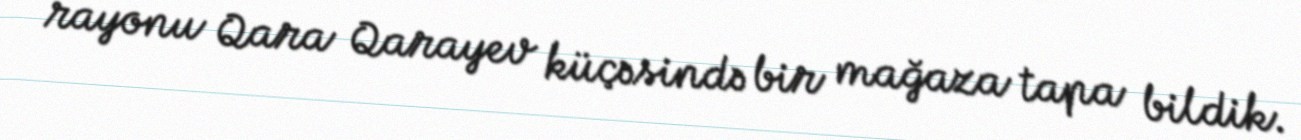
rayonu Qara Qarayev küçəsində bir mağaza tapa bildik.